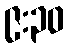
၉:၃၀